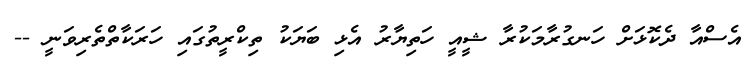
އެސްއާ ދެކޮޅަށް ހަނގުރާމަކުރާ ޝީއީ ހަތިޔާރު އެޅި ބަޔަކު ތިކްރީތުގައި ހަރަކާތްތެރިވަނީ --